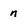
Character: n